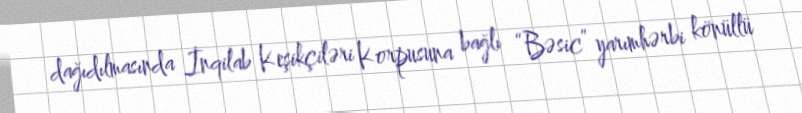
dağıdılmasında İnqilab Keşikçiləri Korpusuna bağlı “Bəsic” yarımhərbi könüllü